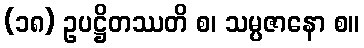
(၁၈) ဥပဋ္ဌိတဿတိ စ၊ သမ္ပဇာနော စ။